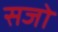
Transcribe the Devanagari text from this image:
सजो